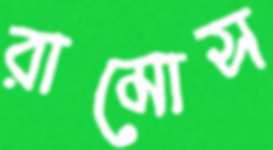
রামোস